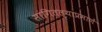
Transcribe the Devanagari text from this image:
सांगितल्याप्रमाणें